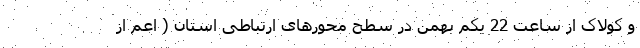
و کولاک از ساعت 22 یکم بهمن در سطح محورهای ارتباطی استان ( اعم از